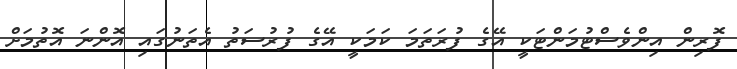
ފޮރިން އިންވެސްޓުމަންޓަކީ އޭގެ ފުރަތަމަ ކަމަކީ އޭގެ ފުރުސަތު އެތަނުގައި އޮންނަ އޮތުމަށް